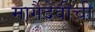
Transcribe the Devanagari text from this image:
मार्गैदेवीची